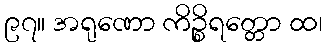
၉၇။ အရုဏော ကိဉ္စိရတ္တော ထ၊